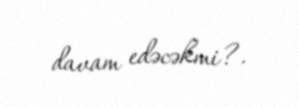
davam edəcəkmi?.